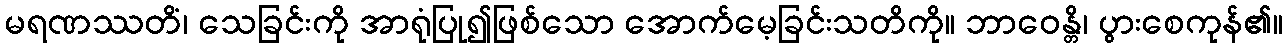
မရဏဿတိံ၊ သေခြင်းကို အာရုံပြု၍ဖြစ်သော အောက်မေ့ခြင်းသတိကို။ ဘာဝေန္တိ၊ ပွားစေကုန်၏။